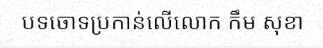
បទចោទប្រកាន់លើលោក កឹម សុខា